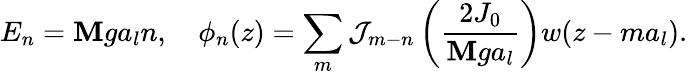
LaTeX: E_{n}=\mathbf{M}ga_{l}n,\quad\phi_{n}(z)=\sum_{m}\mathcal{{J}}_{m-n}\left(\frac{{2J_{0}}}{{\mathbf{M}ga_{l}}}\right)w(z-ma_{l}).